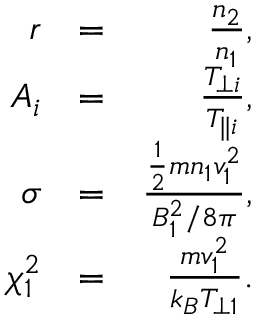
\begin{array} { r l r } { r } & { = } & { \frac { n _ { 2 } } { n _ { 1 } } , } \\ { A _ { i } } & { = } & { \frac { T _ { \perp i } } { T _ { \parallel i } } , } \\ { \sigma } & { = } & { \frac { \frac { 1 } { 2 } m n _ { 1 } v _ { 1 } ^ { 2 } } { B _ { 1 } ^ { 2 } / 8 \pi } , } \\ { \chi _ { 1 } ^ { 2 } } & { = } & { \frac { m v _ { 1 } ^ { 2 } } { k _ { B } T _ { \perp 1 } } . } \end{array}